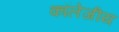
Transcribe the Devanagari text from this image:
कॉलेजीय